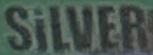
SiLVER